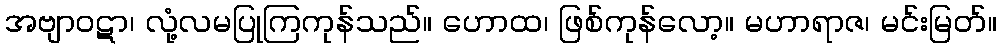
အဗျာဝဋာ၊ လုံ့လမပြုကြကုန်သည်။ ဟောထ၊ ဖြစ်ကုန်လော့။ မဟာရာဇ၊ မင်းမြတ်။